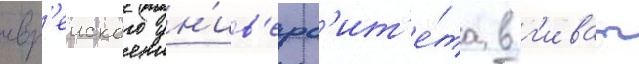
евр'еиского ун'ив'ерс'ит'е́та в г'иват